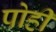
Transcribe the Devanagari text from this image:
पोही